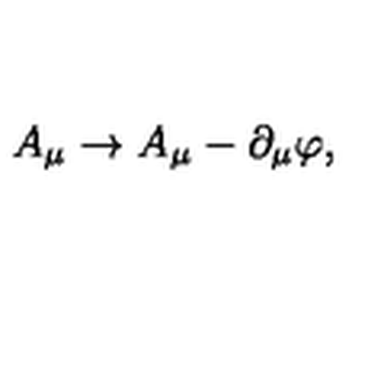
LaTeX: A _ { \mu } \to A _ { \mu } - \partial _ { \mu } \varphi ,